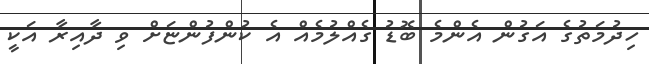
ހިދުމަތުގެ އަގުން އެންމެ ބޮޑު ގެއްލުމެއް އެ ކުންފުންޏަށް ވި ދާއިރާ އަކީ